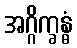
အဂ္ဂိက္ခန္ဓံ